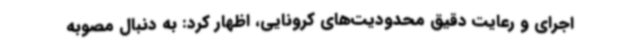
اجرای و رعایت دقیق محدودیت‌های کرونایی، اظهار کرد: به دنبال مصوبه